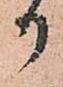
御